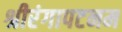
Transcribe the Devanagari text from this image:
श्रीरंगापटनम